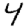
Digit: 4